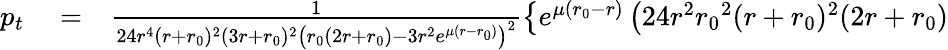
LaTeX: \begin{array}{rlr}{p_{t}}&{{}=}&{\frac{1}{24r^{4}(r+{r_{0}})^{2}(3r+{r_{0}})^{2}\left({r_{0}}(2r+{r_{0}})-3r^{2}e^{\mu(r-{r_{0}})}\right)^{2}}\left\lbrace e^{\mu({r_{0}}-r)}\left(24r^{2}{r_{0}}^{2}(r+{r_{0}})^{2}(2r+{r_{0}})\right.\right.}\end{array}